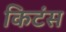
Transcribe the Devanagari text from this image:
किटंस